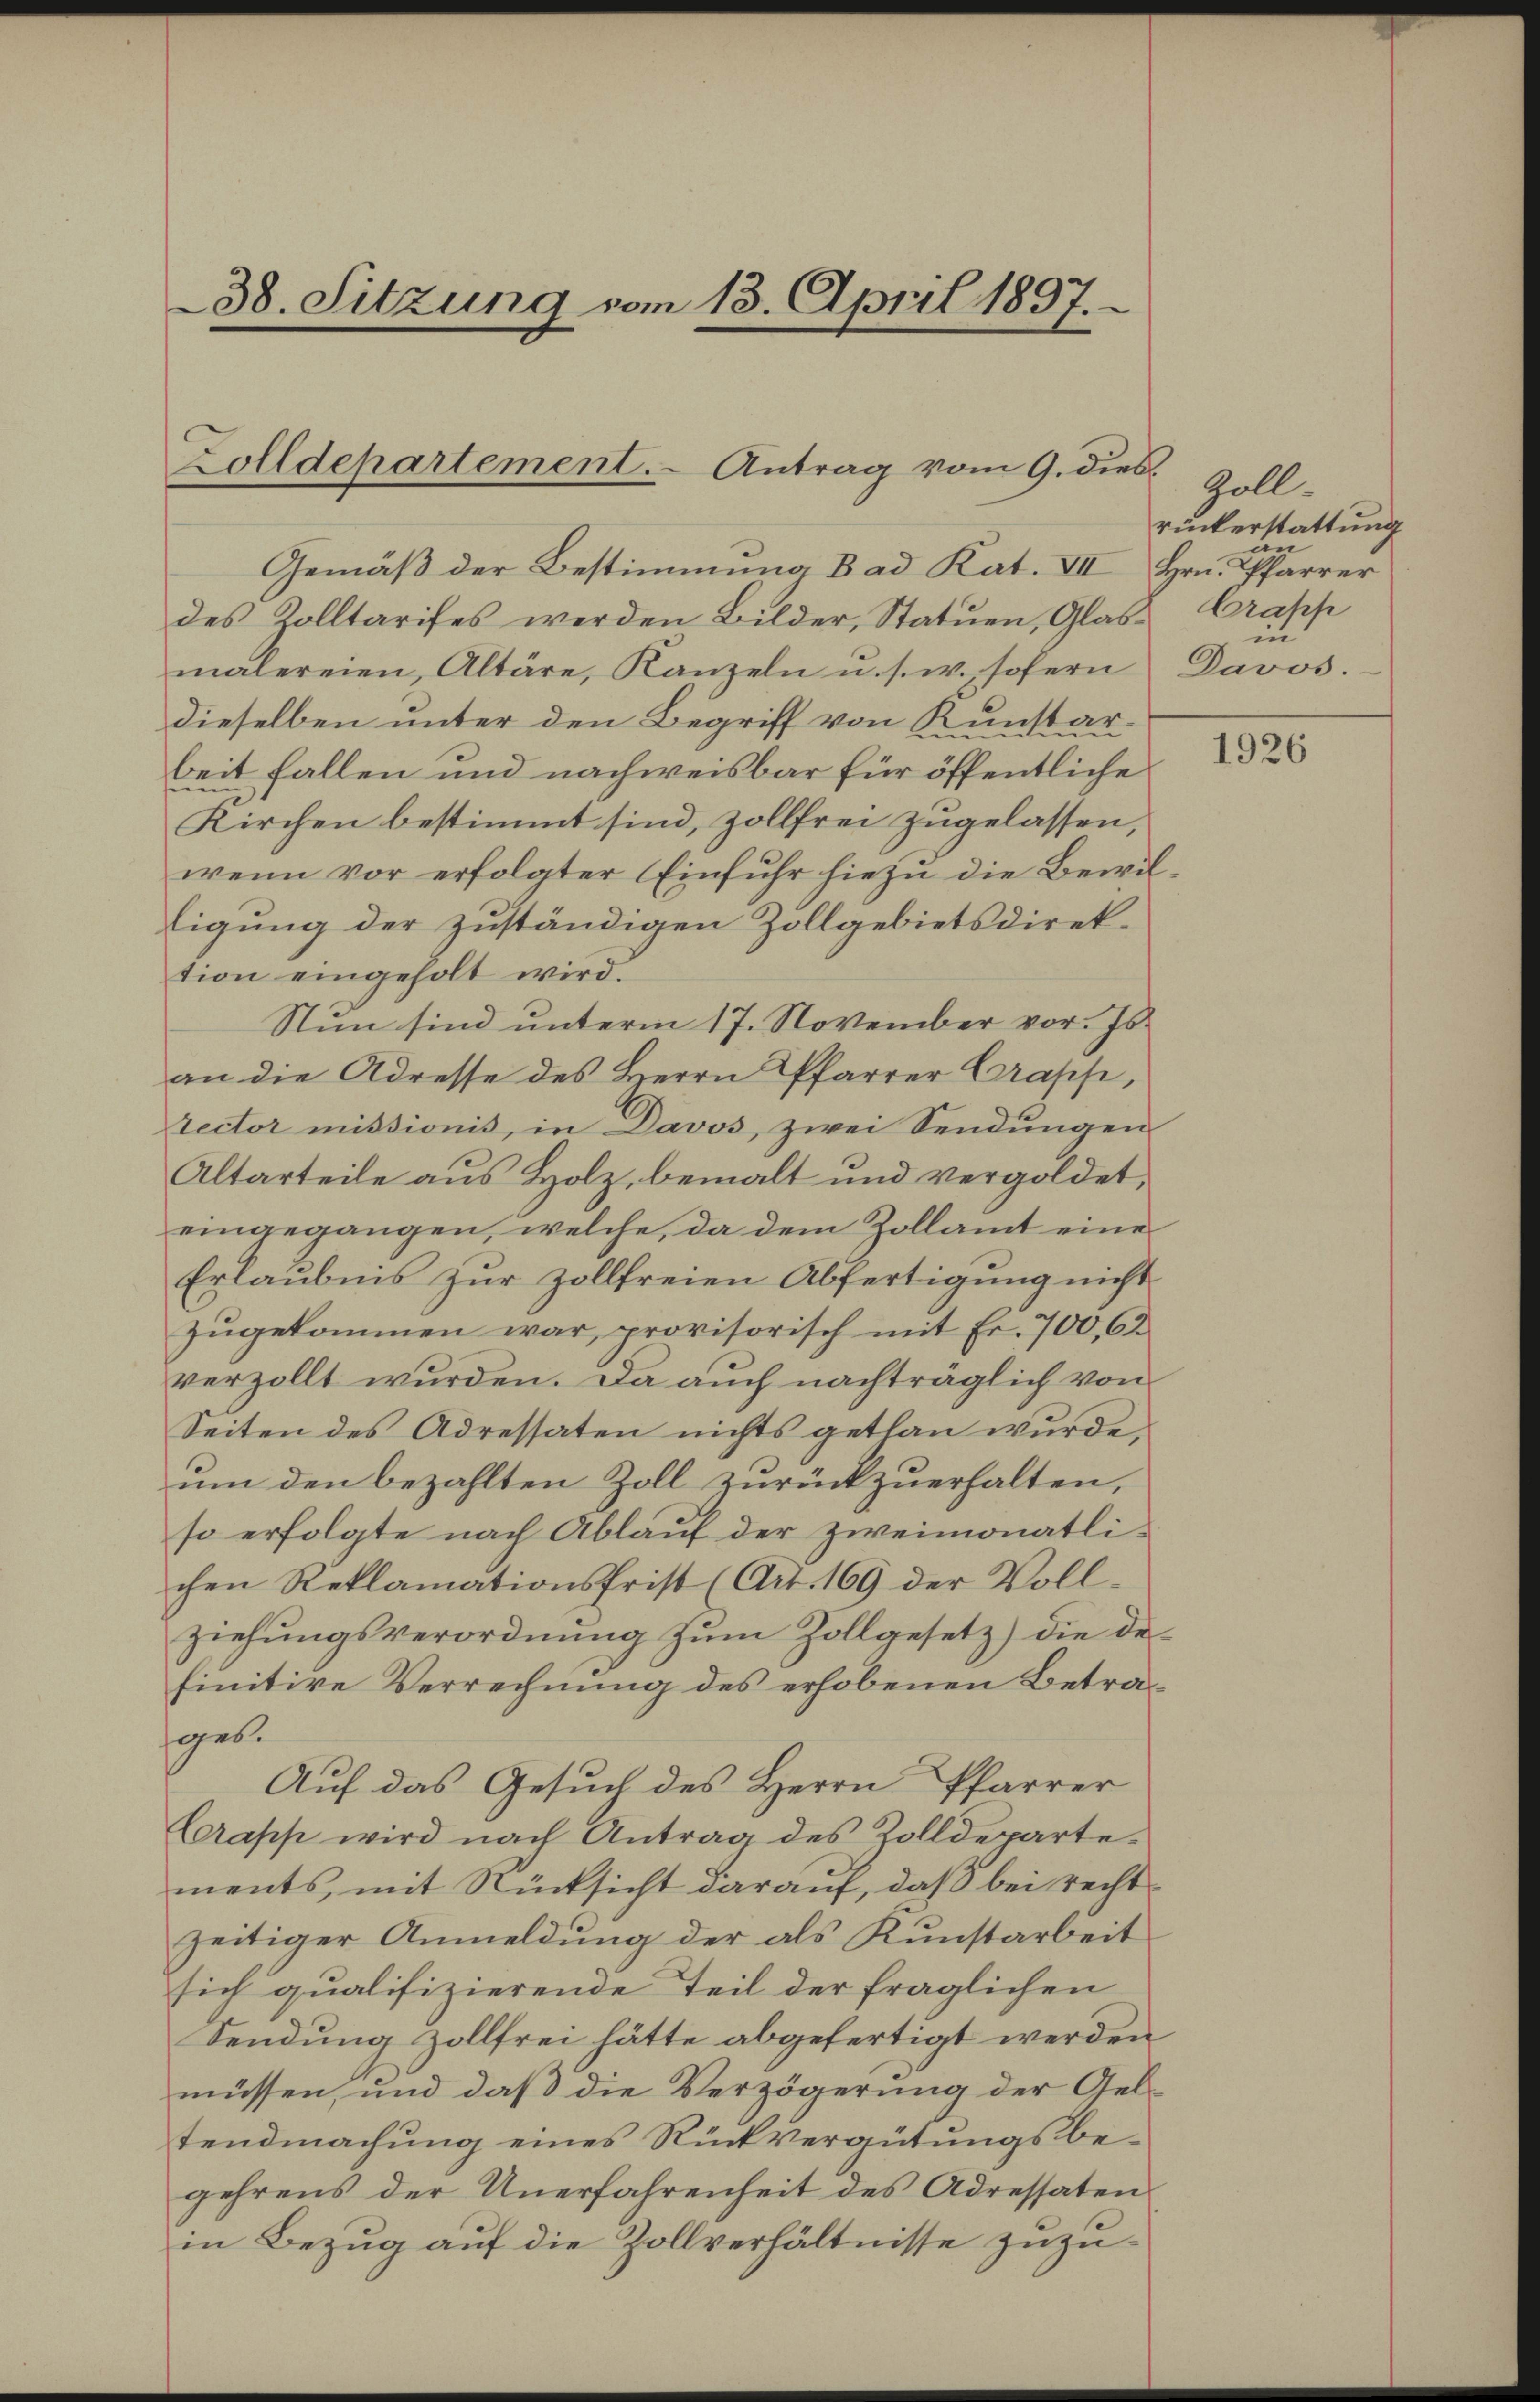
38. Sitzung vom 13. April 1897.

Zolldepartement. Antrag vom 9. dies

Gemäß der Bestimmung Bad Kat. VII Hrn. Pfarrer
des Zolltarifes werden Bilder, Statuen, Glasmalereien, Altäre, Kanzeln u. s. w., sofern
dieselben unter den Begriff von Kunstareit fallen und nachweisbar für öffentliche
Kirchen bestimmt sind, zollfrei zugelassen,
wenn vor erfolgter (Einfuhr hiezu die Bewilligung der zuständigen Zollgebietsdirektion eingeholt wird.
Nun sind unterm 17. November vor. Js.
an die Adresse des Herrn Pfarrer Craps,
rector missionis, in Davos, zwei Sendungen
Altarteile aus Holz, bemalt und vergoldet,
eingegangen, welche, da dem Zollamt eine
Erlaubnis zur Zollfreien Abfertigung nicht
zŭgekommen war, provisorisch mit Fr. 700, 62
verzollt wurden. Da auch nachträglich von
Seiten des Adressaten nichts gethan wurde,
um den bezahlten Zoll zurückzuerhalten,
so erfolgte nach Ablauf der zweimonatlichen Reklamationsfrist (Art. 169 der Vollziehŭngsverordnŭng zŭm Zollgesetz) die de
finitive Verrechnung des erhobenen Betrasges.
Auf das Gesuch des Herrn Pfarrer
Crapp wird nach Antrag des Zolldeparte.
ments, mit Rücksicht darauf, daß bei rechtzeitiger Anmeldung der als Kunstarbeit
sich qualifizierende Teil der fraglichen
Sendung zollfrei hätte abgefertigt werden
müssen, und daß die Verzögerung der Geltendmachung eines Rückvergütungsbegehrens der Unerfahrenheit des Adressatenin Bezug auf die Zollverhältnisse zuzu¬

Zoll-
rückerstattung
n
Crapp
in
Davos.

1926